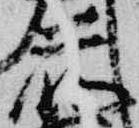
前